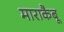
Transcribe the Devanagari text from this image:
माराकैबू